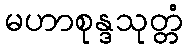
မဟာစုန္ဒသုတ္တံ